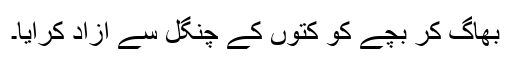
بھاگ کر بچے کو کتوں کے چنگل سے آزاد کرایا۔